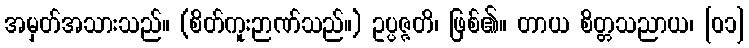
အမှတ်အသားသည်။ (စိတ်ကူးဉာဏ်သည်။) ဥပ္ပဇ္ဇတိ၊ ဖြစ်၏။ တာယ စိတ္တသညာယ၊ [၀၁]